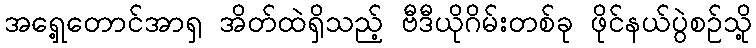
အရှေ့တောင်အာရှ အိတ်ထဲရှိသည့် ဗီဒီယိုဂိမ်းတစ်ခု ဖိုင်နယ်ပွဲစဉ်သို့